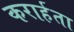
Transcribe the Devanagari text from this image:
करार्हता